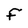
Character: F